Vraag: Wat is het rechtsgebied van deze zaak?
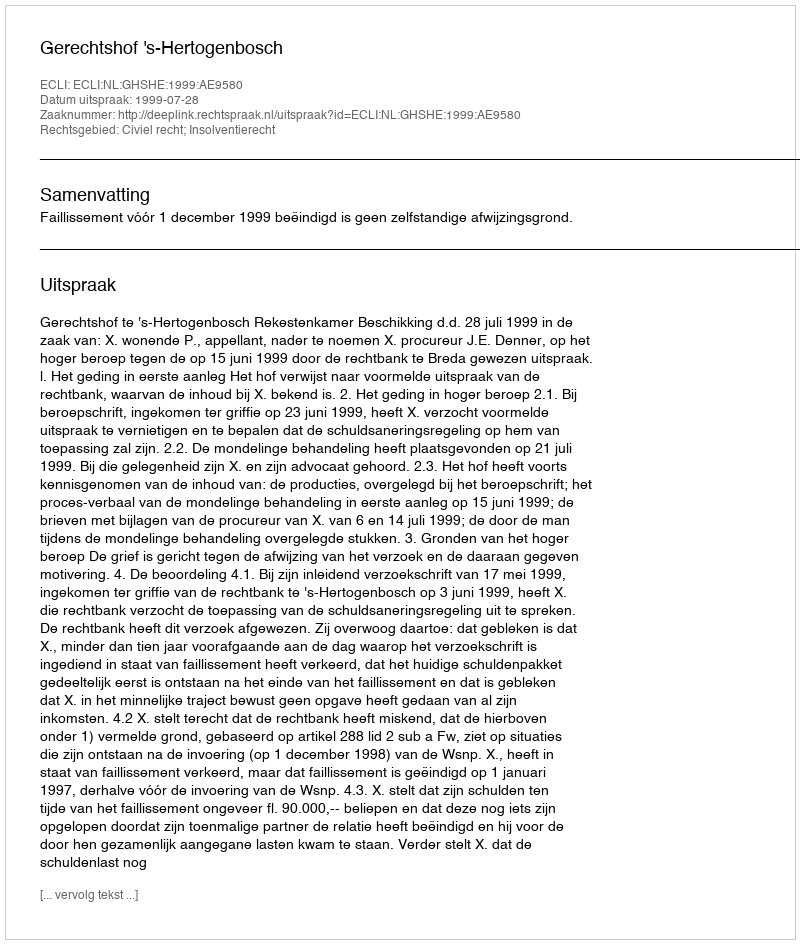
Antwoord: Civiel recht; Insolventierecht